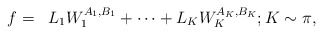
\begin{align*} \begin{aligned} f & =& L_1W_1^{A_1,B_1}+\cdots+ L_KW_K^{A_K, B_K};K \sim\pi,\end{aligned}\end{align*}